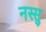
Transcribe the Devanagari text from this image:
नस्सु